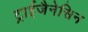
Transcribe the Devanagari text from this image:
ट्राईजैनेसिन